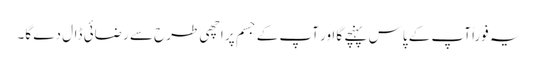
یہ فوراً آپ کے پاس پہنچے گا اور آپ کے جسم پر اچھی طرح سے رضائی ڈال دے گا۔